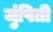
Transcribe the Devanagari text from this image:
जुंपिती